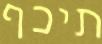
תיכף